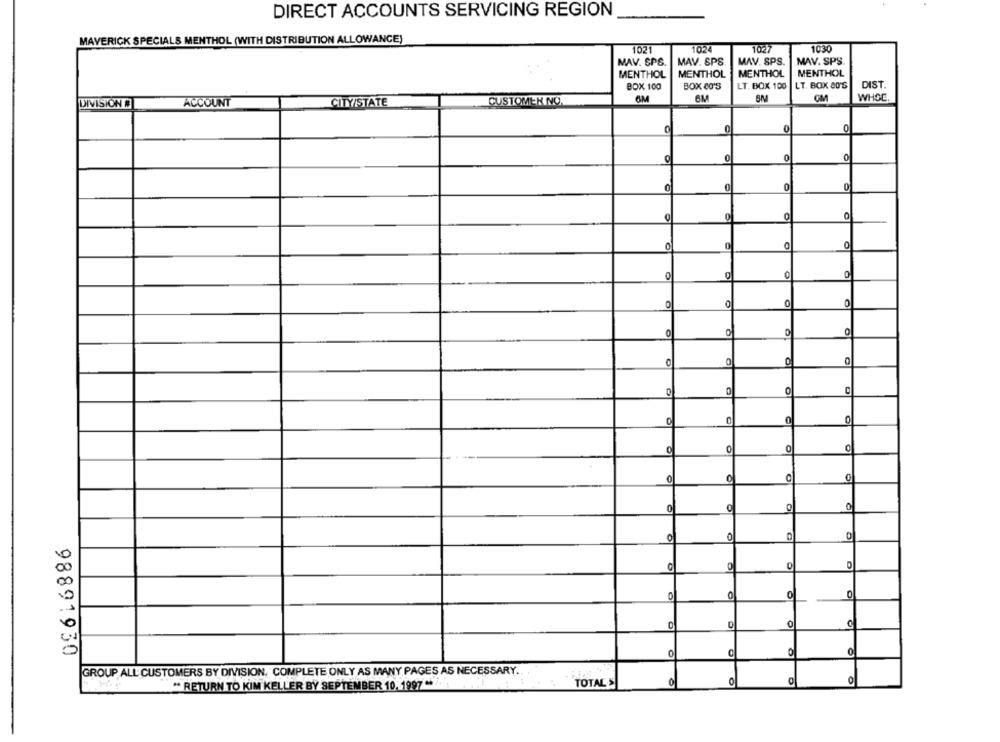
DIRECT ACCOUNTS SERVICING REGION
MAVERICK SPECIALS MENTHOL (WITH DISTRIBUTION ALLOWANCE)
1021
1024
1027
1030
MAV. SPS.
MAV. SPS
MAV. SPS.
MAV. SPS.
MENTHOL
MENTHOL
MENTHOL
MENTHOL
BOX 100
BOX 80'S
LT. BOX 100
LT. BOX 80'S
DIST.
WHSC.
DIVISIONE
ACCOUNT
CITY/STATE
CUSTOMER NO.
6M
6M
OM
0
0
0
0
0
0
0
0
0
O
0
0
0
0
0
0
0
0
O
0
0
0
0
0
98891930
0
0
GROUP ALL CUSTOMERS BY DIVISION, COMPLETE ONLY AS MANY PAGES AS NECESSARY.
e
TOTAL S
0
0
" RETURN TO KIM KELLER BY SEPTEMBER 10, 1997 **